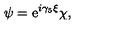
\psi = \mathrm { e } ^ { i \gamma _ { 5 } \xi } \chi ,